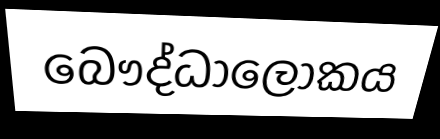
බෞද්ධාලෝකය